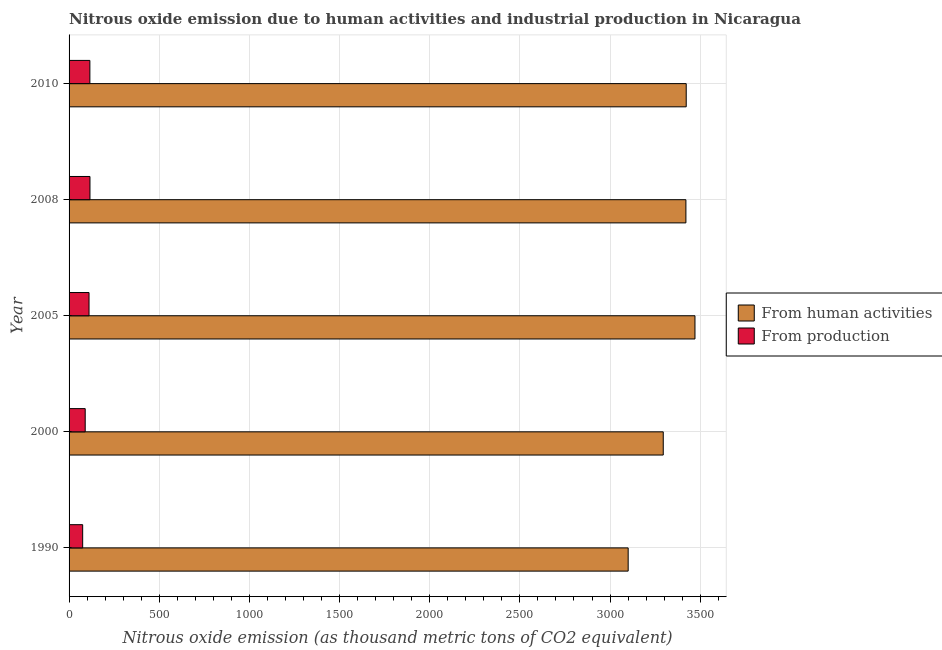
| Year | From human activities | From production |
 | --- | --- | --- |
 | 1990 | 3.1e+03 | 75.4 |
 | 2000 | 3.3e+03 | 89.5 |
 | 2005 | 3.47e+03 | 111 |
 | 2008 | 3.42e+03 | 116 |
 | 2010 | 3.42e+03 | 115 |